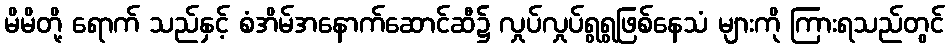
မိမိတို့ ရောက် သည်နှင့် စံအိမ်အနောက်ဆောင်ဆီ၌ လှုပ်လှုပ်ရွရွဖြစ်နေသံ များကို ကြားရသည်တွင်